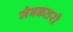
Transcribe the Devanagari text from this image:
जेबकतरी